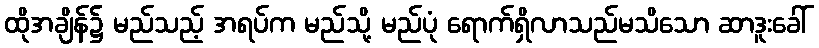
ထိုအချိန်၌ မည်သည့် အရပ်က မည်သို့ မည်ပုံ ရောက်ရှိလာသည်မသိသော ဆာဒူးခေါ်